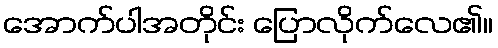
အောက်ပါအတိုင်း ပြောလိုက်လေ၏။